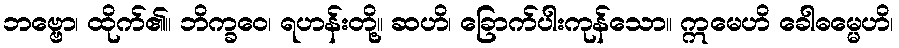
ဘဗ္ဗော၊ ထိုက်၏။ ဘိက္ခဝေ၊ ရဟန်းတို့။ ဆဟိ၊ ခြောက်ပါးကုန်သော။ ဣမေဟိ ခေါဓမ္မေဟိ၊